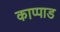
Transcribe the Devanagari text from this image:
काप्पाड